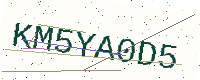
Text: KM5YA0D5